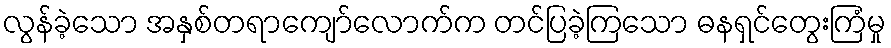
လွန်ခဲ့သော အနှစ်တရာကျော်လောက်က တင်ပြခဲ့ကြသော ဓနရှင်တွေးကြံမှု